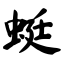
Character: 蜓